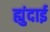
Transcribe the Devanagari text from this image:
ह्युंदाई